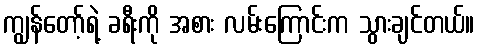
ကျွန်တော့်ရဲ့ ခရီးကို အစား လမ်းကြောင်းက သွားချင်တယ်။